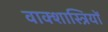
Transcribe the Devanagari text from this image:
वाक्शास्त्रियों